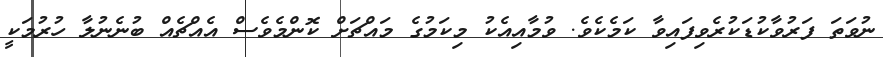
ނުވަތަ ފަރުވާކުޑަކުރެވިފައިވާ ކަމެކެވެ. ވުމާއިއެކު މިކަމުގެ މައްޗަށް ކޮންމެވެސް އެއްޗެއް ބުނެނުލާ ހުރުމަކީ